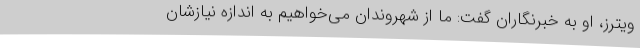
ویترز، او به خبرنگاران گفت: ما از شهروندان می‌خواهیم به اندازه نیازشان